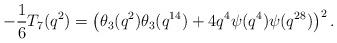
LaTeX: \begin{align*}-\frac{1}{6}T_{7}(q^2)=\left(\theta_3(q^2)\theta_3(q^{14})+4q^4\psi(q^4)\psi(q^{28})\right)^2.\end{align*}